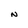
Character: N